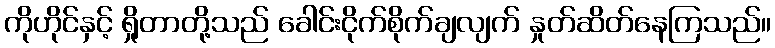
ကိုဟိုင်နှင့် ရှိုတာတို့သည် ခေါင်းငိုက်စိုက်ချလျက် နှုတ်ဆိတ်နေကြသည်။